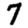
Digit: 7